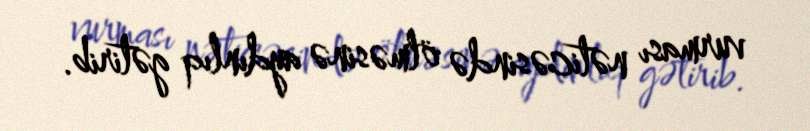
vurması nəticəsində ölməsinə aydınlıq gətirib.